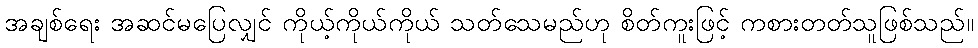
အချစ်ရေး အဆင်မပြေလျှင် ကိုယ့်ကိုယ်ကိုယ် သတ်သေမည်ဟု စိတ်ကူးဖြင့် ကစားတတ်သူဖြစ်သည်။